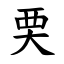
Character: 䙲